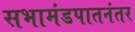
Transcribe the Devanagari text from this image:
सभामंडपातनंतर